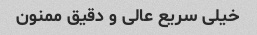
خیلی سریع عالی و دقیق ممنون